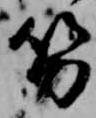
笏